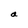
Character: a